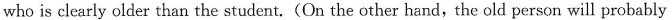
who is clearly older than the student.(On the other hand,the old person will probably